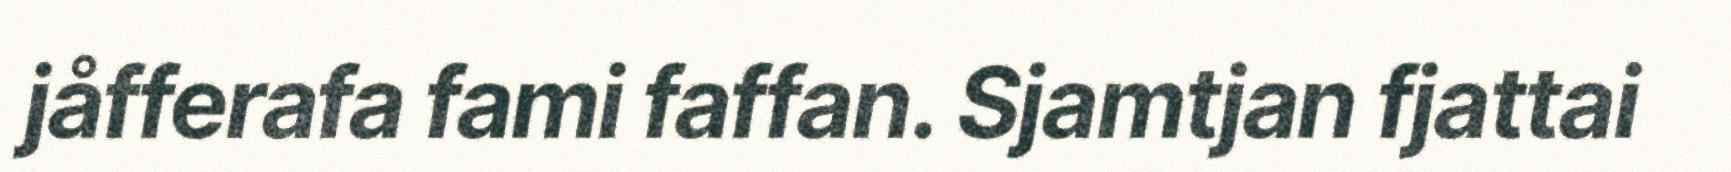
jåfferafa fami faffan. Sjamtjan fjattai